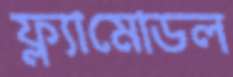
ফ্ল্যামোডল